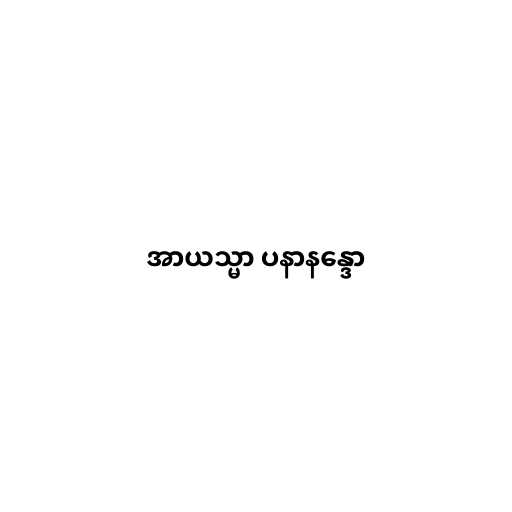
အာယသ္မာ ပနာနန္ဒော